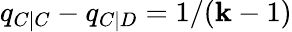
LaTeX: q_{C|C}-q_{C|D}=1/(\mathbf{k}-1)